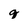
Character: q